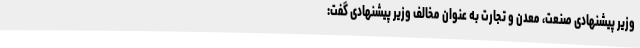
وزیر پیشنهادی صنعت، معدن و تجارت به عنوان مخالف وزیر پیشنهادی گفت: